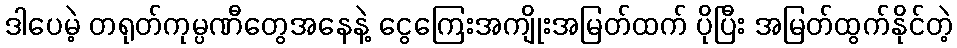
ဒါပေမဲ့ တရုတ်ကုမ္ပဏီတွေအနေနဲ့ ငွေကြေးအကျိုးအမြတ်ထက် ပိုပြီး အမြတ်ထွက်နိုင်တဲ့